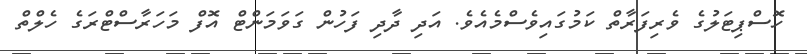
ހޮސްޕިޓަލުގެ ވެރިފަރާތް ކަމުގައިވެސްމެއެވެ. އަދި ދާދި ފަހުން ގަވަމަންޓް އޮފް މަހަރާސްޓްރަގެ ހެލްތް